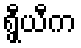
ရွှီယီက